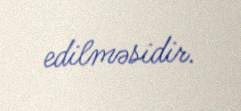
edilməsidir.